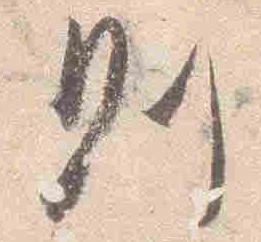
則